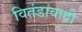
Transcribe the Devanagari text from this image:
वितंडावादी